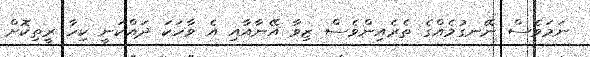
ނަމަވެސް ނޭނގުމެއްގެ ތެރެއިންވެސް ޒިވާ އޭނާއާއި އެ ވާހަކަ ދައްކަނީ ކިހާ ރީތިކޮށް